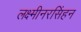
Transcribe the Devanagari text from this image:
लक्ष्मीनरसिंहन